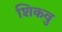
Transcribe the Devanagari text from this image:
शिकवु